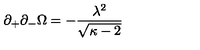
\partial _ { + } \partial _ { - } \Omega = - \frac { \lambda ^ { 2 } } { \sqrt { \kappa - 2 } }